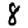
Digit: 8